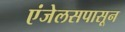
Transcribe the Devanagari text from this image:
एंजेलसपासून